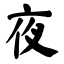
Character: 夜